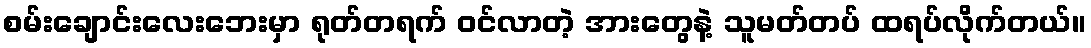
စမ်းချောင်းလေးဘေးမှာ ရုတ်တရက် ဝင်လာတဲ့ အားတွေနဲ့ သူမတ်တပ် ထရပ်လိုက်တယ်။